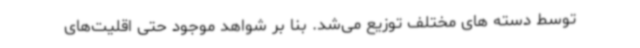
توسط دسته های مختلف توزیع می‌شد. بنا بر شواهد موجود حتی اقلیت‌های